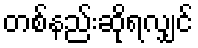
တစ်နည်းဆိုရလျှင်